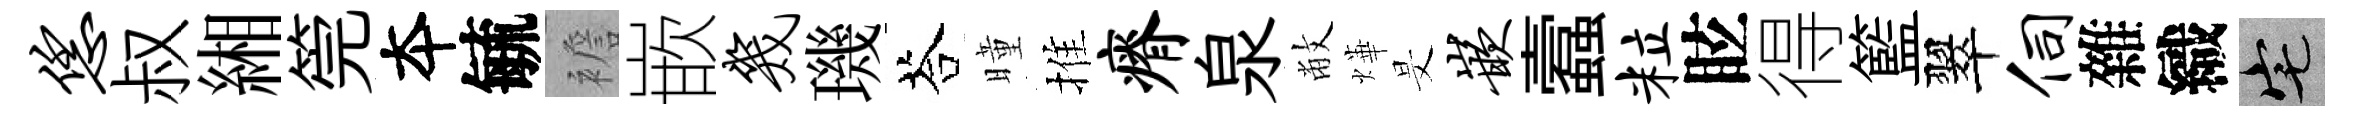
恁叔緗筦夲毓襜嵌几璣荅曈推瘠泉敝燁旻嵌蠧粒眩得籃翠伺雜織宅